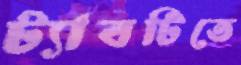
ট্যাবটিতে